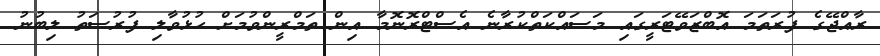
ރާއްޖޭގެ ފުރަތަމަ އޮބްޒަވޭޓަރީގައި މަސައްކަތްކުރާނެ އެސްޓްރޮނޮމާ އިން ތަމްރީންވުމަށް ހުޅުވާލި ފުރުސަތު ލިބުނު